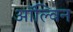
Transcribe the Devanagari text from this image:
ऑल्विन